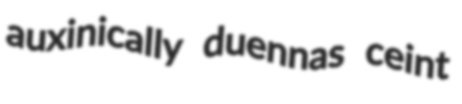
auxinically duennas ceint